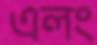
এলং